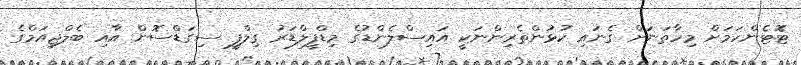
ޓޮޓެންހަމަށް މިހާތަނަށް ގެނައި ކުޅުންތެރިންނަކީ އައިސްލެންޑުގެ މިޑްފީލްޑަރު ގިލްފީ ސިގަޑްސޮން އާއި ބެލްޖިއަމްގެ